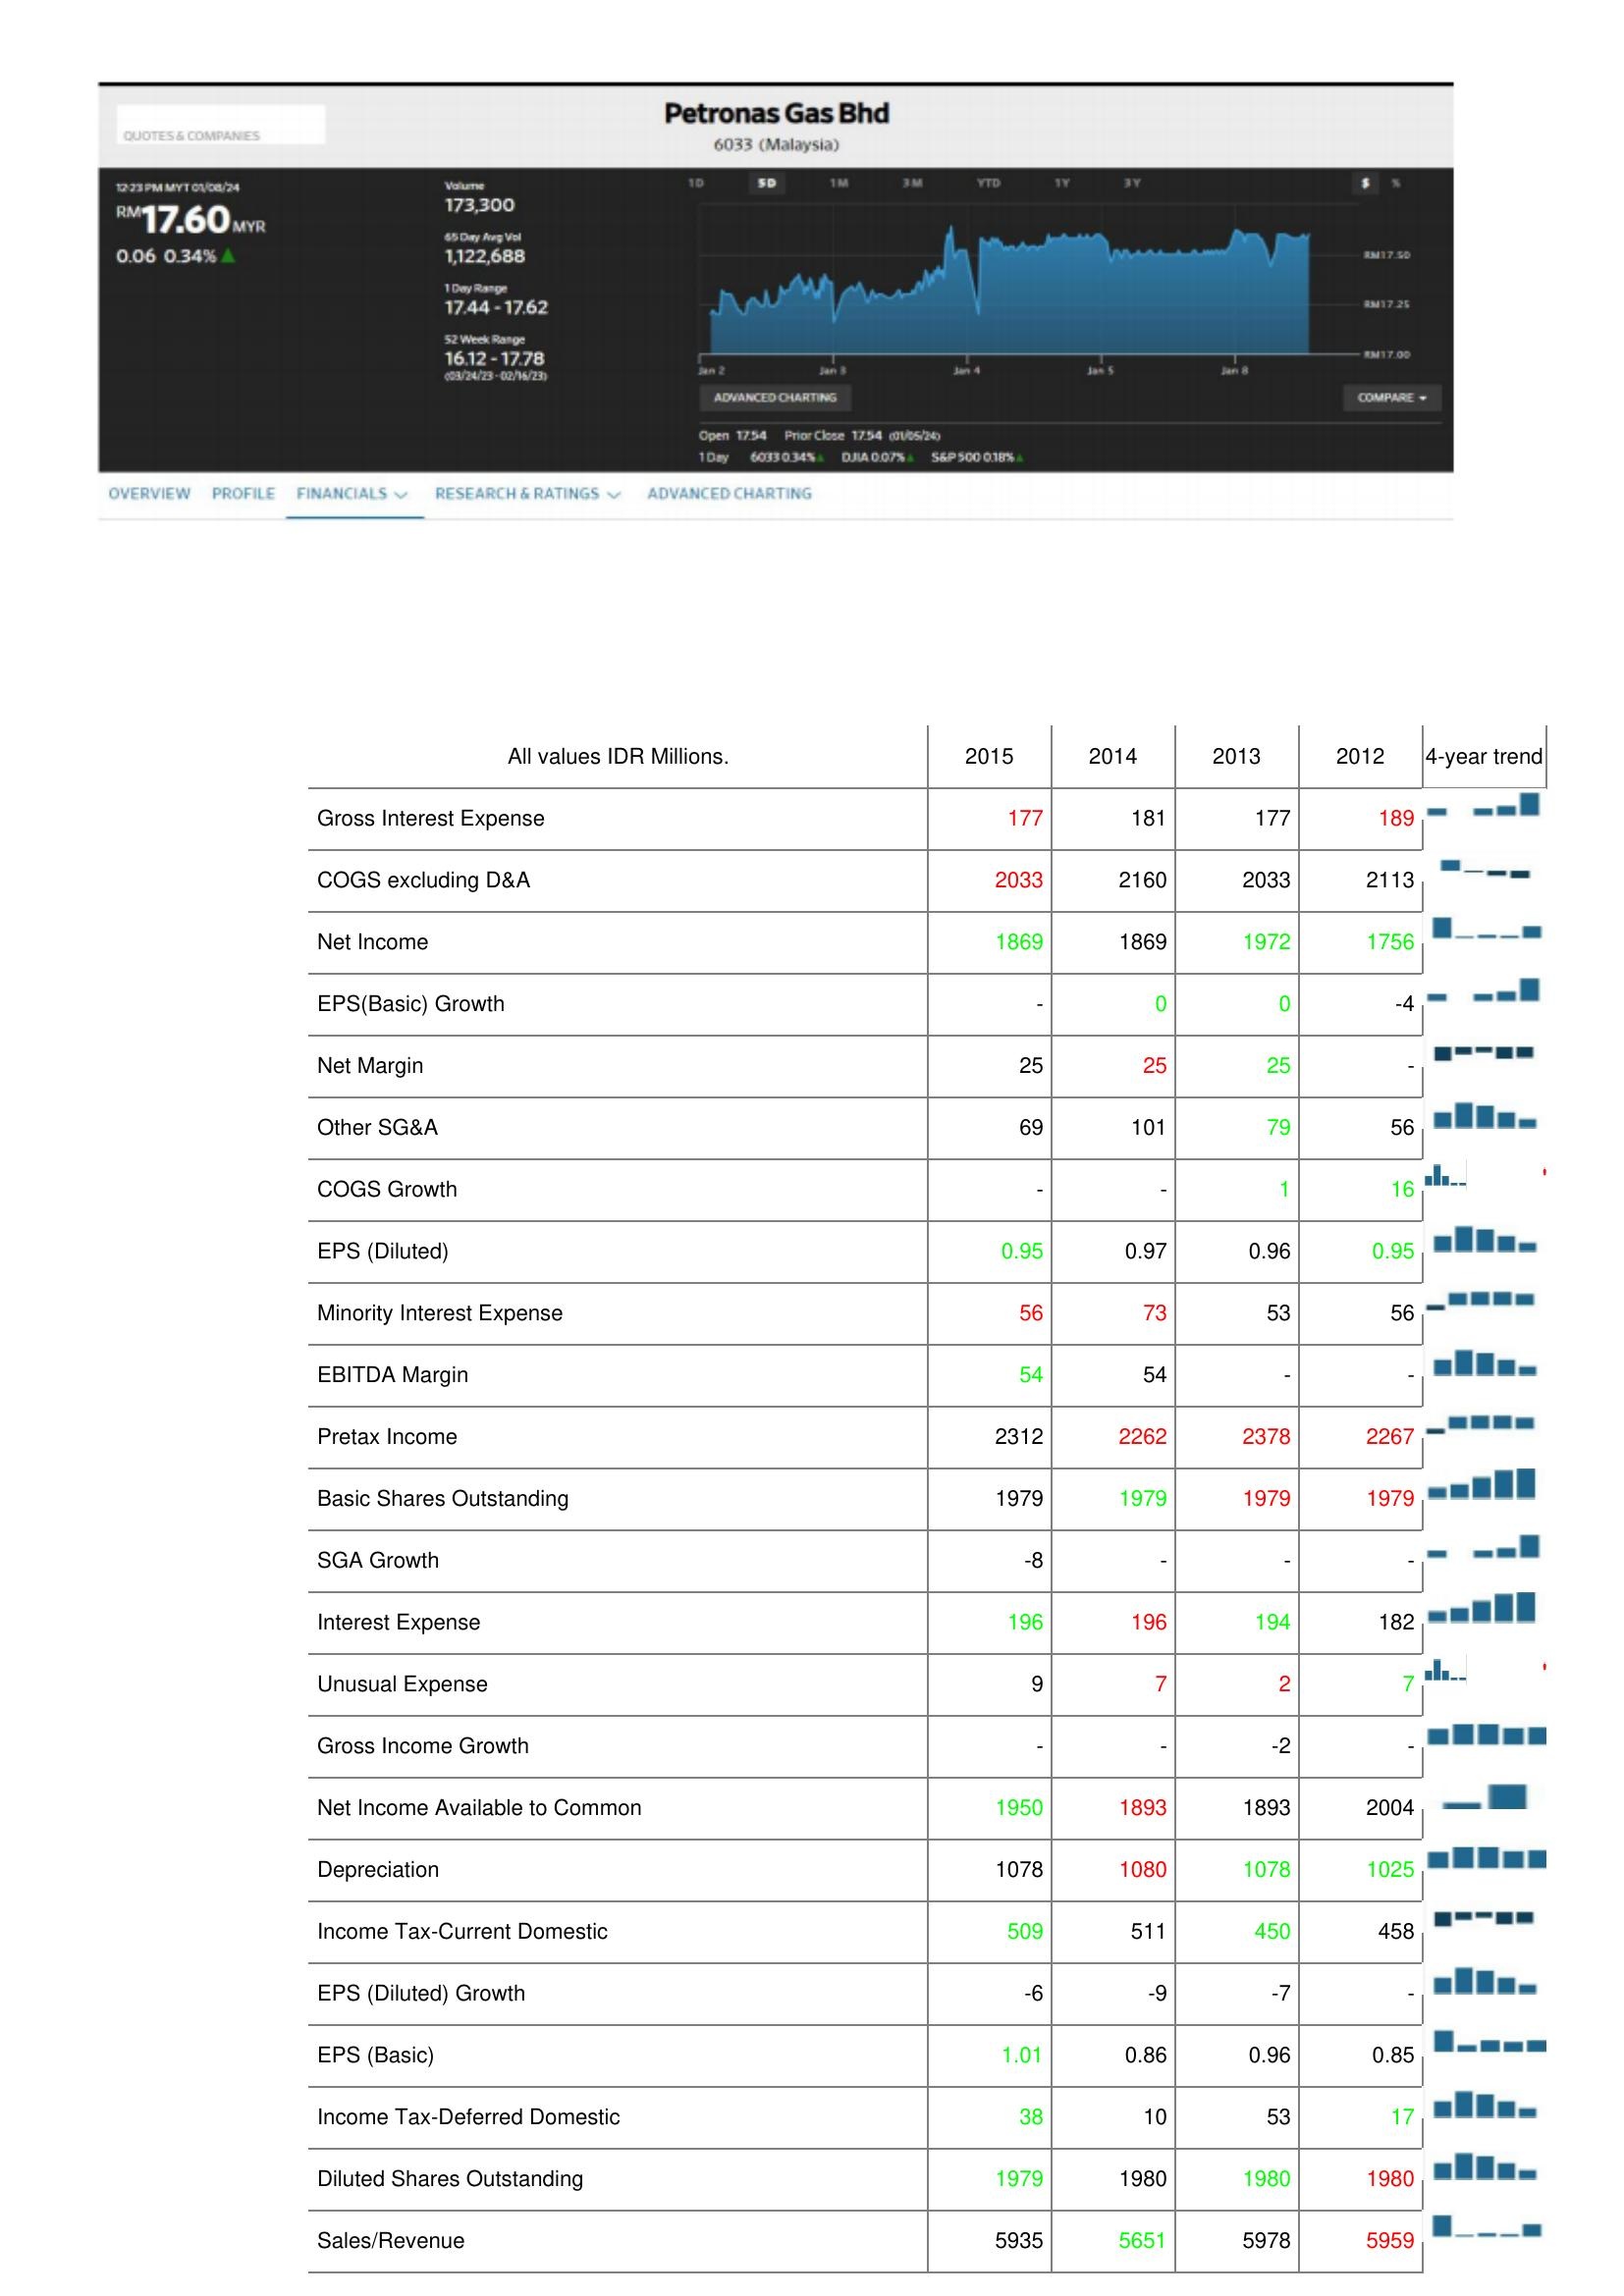
2015: : Gross Interest Expense: 177
COGS excluding D&A: 2033
Net Income: 1869
EPS(Basic) Growth: -
Net Margin: 25
Other SG&A: 69
COGS Growth: -
EPS (Diluted): 0.95
Minority Interest Expense: 56
EBITDA Margin: 54
Pretax Income: 2312
Basic Shares Outstanding: 1979
SGA Growth: -8
Interest Expense: 196
Unusual Expense: 9
Gross Income Growth: -
Net Income Available to Common: 1950
Depreciation: 1078
Income Tax-Current Domestic: 509
EPS (Diluted) Growth: -6
EPS (Basic): 1.01
Income Tax-Deferred Domestic: 38
Diluted Shares Outstanding: 1979
Sales/Revenue: 5935
2014: : Gross Interest Expense: 181
COGS excluding D&A: 2160
Net Income: 1869
EPS(Basic) Growth: 0
Net Margin: 25
Other SG&A: 101
COGS Growth: -
EPS (Diluted): 0.97
Minority Interest Expense: 73
EBITDA Margin: 54
Pretax Income: 2262
Basic Shares Outstanding: 1979
SGA Growth: -
Interest Expense: 196
Unusual Expense: 7
Gross Income Growth: -
Net Income Available to Common: 1893
Depreciation: 1080
Income Tax-Current Domestic: 511
EPS (Diluted) Growth: -9
EPS (Basic): 0.86
Income Tax-Deferred Domestic: 10
Diluted Shares Outstanding: 1980
Sales/Revenue: 5651
2013: : Gross Interest Expense: 177
COGS excluding D&A: 2033
Net Income: 1972
EPS(Basic) Growth: 0
Net Margin: 25
Other SG&A: 79
COGS Growth: 1
EPS (Diluted): 0.96
Minority Interest Expense: 53
EBITDA Margin: -
Pretax Income: 2378
Basic Shares Outstanding: 1979
SGA Growth: -
Interest Expense: 194
Unusual Expense: 2
Gross Income Growth: -2
Net Income Available to Common: 1893
Depreciation: 1078
Income Tax-Current Domestic: 450
EPS (Diluted) Growth: -7
EPS (Basic): 0.96
Income Tax-Deferred Domestic: 53
Diluted Shares Outstanding: 1980
Sales/Revenue: 5978
2012: : Gross Interest Expense: 189
COGS excluding D&A: 2113
Net Income: 1756
EPS(Basic) Growth: -4
Net Margin: -
Other SG&A: 56
COGS Growth: 16
EPS (Diluted): 0.95
Minority Interest Expense: 56
EBITDA Margin: -
Pretax Income: 2267
Basic Shares Outstanding: 1979
SGA Growth: -
Interest Expense: 182
Unusual Expense: 7
Gross Income Growth: -
Net Income Available to Common: 2004
Depreciation: 1025
Income Tax-Current Domestic: 458
EPS (Diluted) Growth: -
EPS (Basic): 0.85
Income Tax-Deferred Domestic: 17
Diluted Shares Outstanding: 1980
Sales/Revenue: 5959